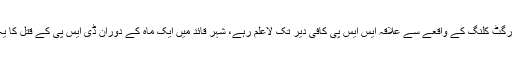
واضح رہے کہ ٹارگٹ کلنگ کے واقعے سے علاقہ ایس ایس پی کافی دیر تک لاعلم رہے، شہر قائد میں ایک ماہ کے دوران ڈی ایس پی کے قتل کا یہ دوسرا واقعہ ہے۔